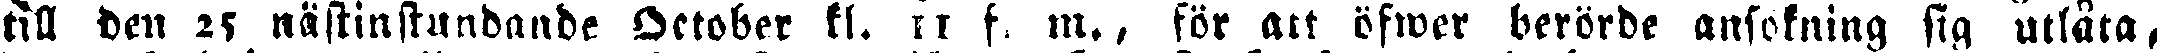
till den 25 nästinstundande Oktober kl. 11 f. m., för att öfwer berörde ansökning sig utlåta,